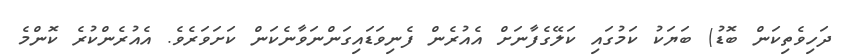
ދަހިވެތިކަން ބޮޑު) ބަޔަކު ކަމުގައި ކަލޭގެފާނަށް އެއުރެން ފެނިވަޑައިގަންނަވާނެކަން ކަށަވަރެވެ. އެއުރެންކުރެ ކޮންމެ